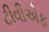
ટીવીએફ